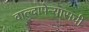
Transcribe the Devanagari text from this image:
वाल्दापेन्यासची